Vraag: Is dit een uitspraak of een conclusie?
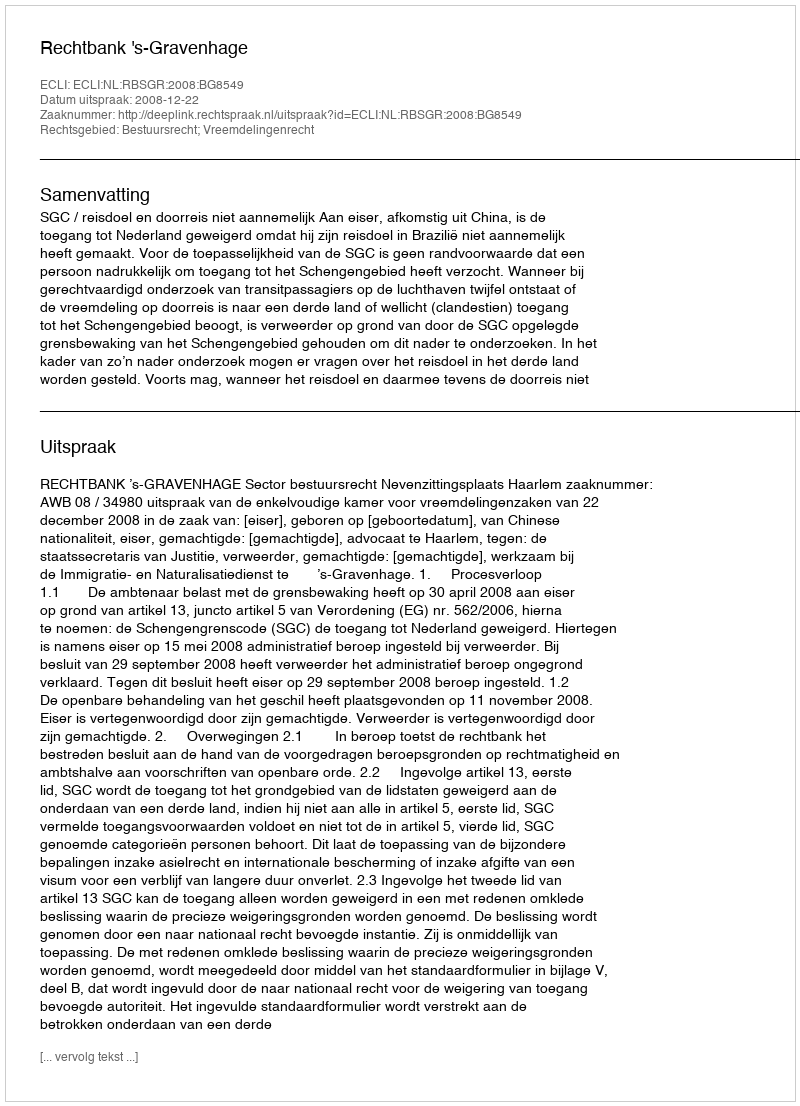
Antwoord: Uitspraak